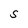
Character: S